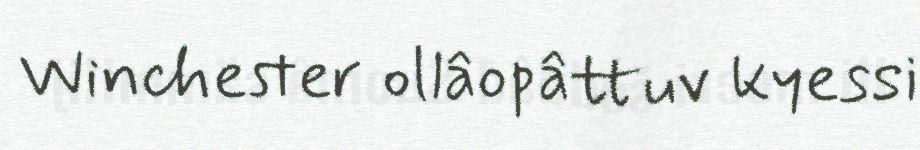
Winchester ollâopâttuv kyessi